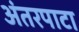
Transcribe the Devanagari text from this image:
अंतरपाटा